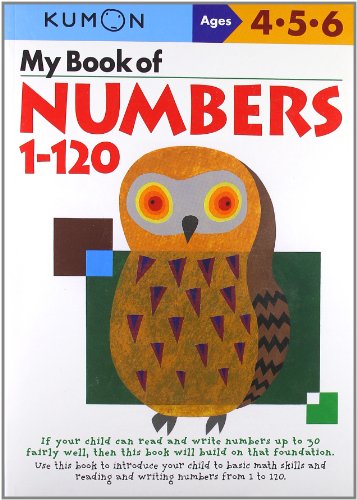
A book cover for My Book Of Numbers 1-120 (Kumon Workbooks); Kumon; Test Preparation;